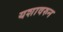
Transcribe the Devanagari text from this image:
यशावरुन